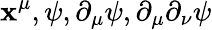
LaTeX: \mathbf{x}^{\mu},\psi,\partial_{\mu}\psi,\partial_{\mu}\partial_{\nu}\psi